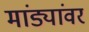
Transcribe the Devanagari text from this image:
मांड्यांवर